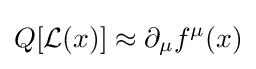
Q[{\mathcal {L}}(x)]\approx \partial _{\mu }f^{\mu }(x)